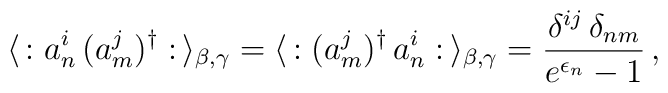
\langle \, : a_n^i \, (a_m^j)^{\dagger} : \, \rangle_{\beta , \gamma} =\langle \, : (a_m^j)^{\dagger} \, a_n^i : \, \rangle_{\beta , \gamma} =\frac{\delta^{ij} \, \delta_{nm}}{e^{\epsilon_n} - 1} \, ,